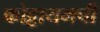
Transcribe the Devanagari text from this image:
कोट्टायमची